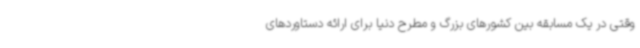
وقتی در یک مسابقه بین کشورهای بزرگ و مطرح دنیا برای ارائه دستاوردهای